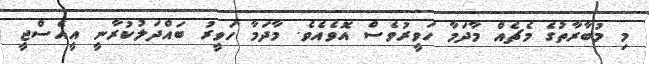
މި މުބާރާތުގެ މެޗެއް މާދަމާ ހަވީރުވެސް އޮވެއެވެ. މާދަމާ ހަވީރު ބައްދަލުކުރާނީ އީއެސްޖީ